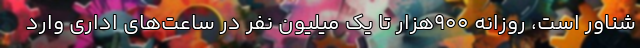
شناور است، روزانه ۹۰۰هزار تا یک میلیون نفر در ساعت‌های اداری وارد